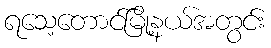
ရသေ့တောင်မြို့နယ်အတွင်း